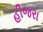
હીજરા